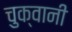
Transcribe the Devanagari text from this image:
चुक्वानी